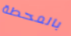
بالمحطة